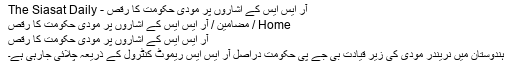
آر ایس ایس کے اشاروں پر مودی حکومت کا رقص - The Siasat Daily
Home / مضامین / آر ایس ایس کے اشاروں پر مودی حکومت کا رقص
آر ایس ایس کے اشاروں پر مودی حکومت کا رقص
ہندوستان میں نریندر مودی کی زیر قیادت بی جے پی حکومت دراصل آر ایس ایس ریموٹ کنٹرول کے ذریعہ چلائی جارہی ہے۔